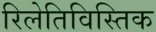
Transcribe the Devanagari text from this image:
रिलेतिविस्तिक